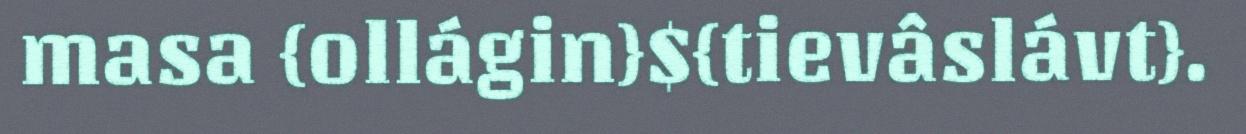
masa {ollágin}${tievâslávt}.